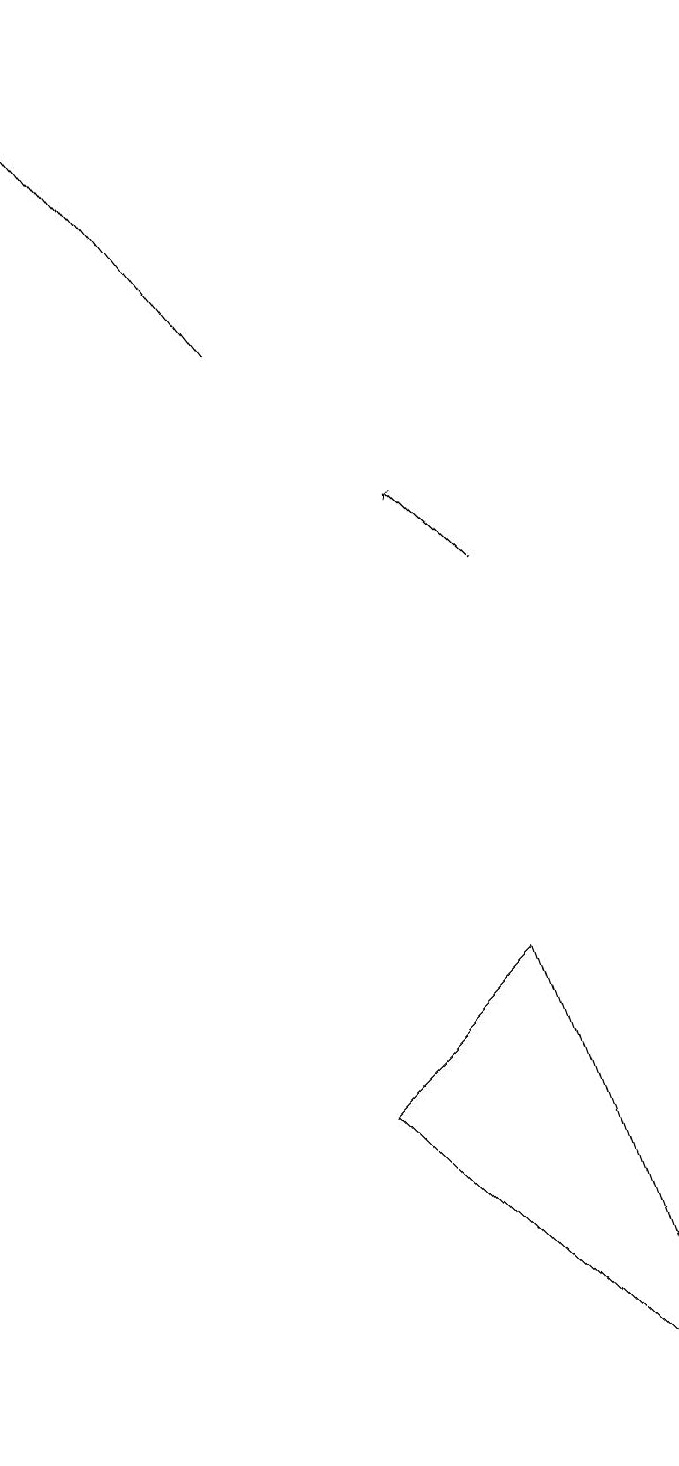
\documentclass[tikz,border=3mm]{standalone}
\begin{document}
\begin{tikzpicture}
\draw[->] (6,11) -- (5,12);
\draw (6,6) -- (4,4) -- (8,0) -- cycle;
\draw[->] (3,14) -- (0,18);
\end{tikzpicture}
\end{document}